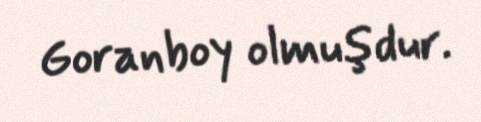
Goranboy olmuşdur.